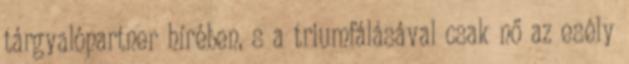
tárgyalópartner hírében, s a triumfálásával csak nő az esély